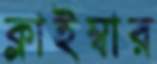
ক্লাইম্বার